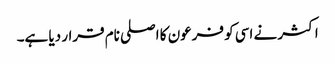
اکثر نے اسی کو فرعون کا اصلی نام قرار دیا ہے۔